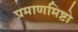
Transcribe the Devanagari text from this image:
प्रमाणमिष्टो